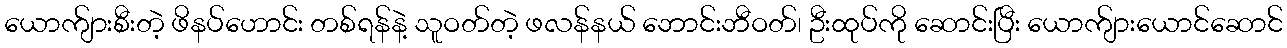
ယောက်ျားစီးတဲ့ ဖိနပ်ဟောင်း တစ်ရန်နဲ့ သူဝတ်တဲ့ ဖလန်နယ် ဘောင်းဘီဝတ်၊ ဦးထုပ်ကို ဆောင်းပြီး ယောက်ျားယောင်ဆောင်